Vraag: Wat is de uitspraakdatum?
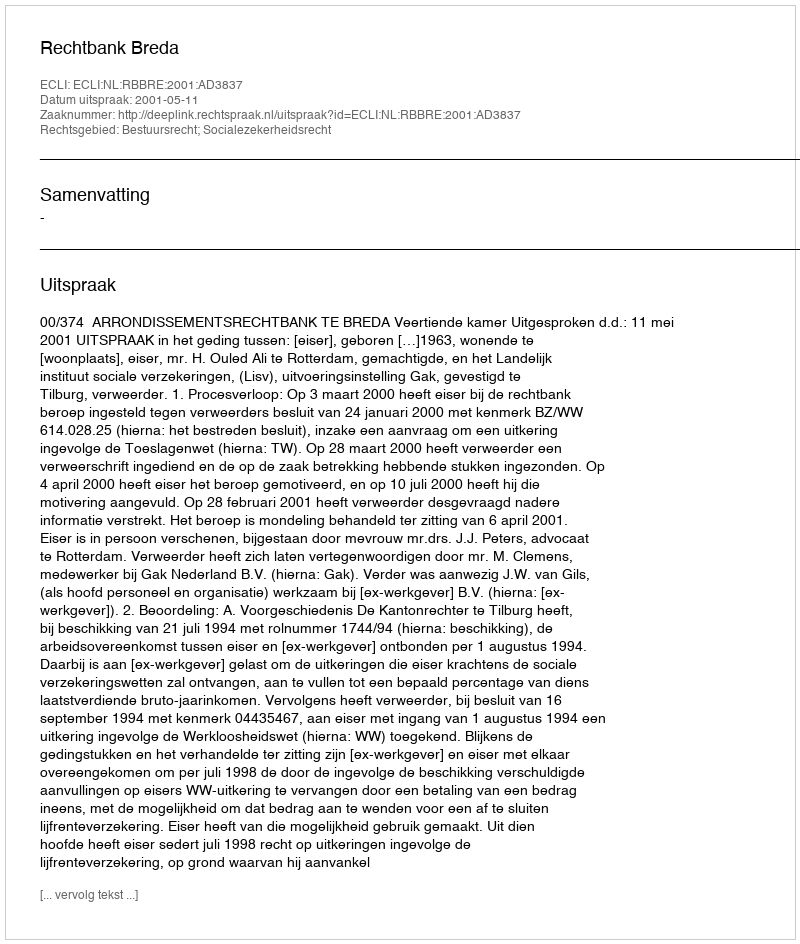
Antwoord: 2001-05-11